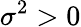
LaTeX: \sigma^{2}>0